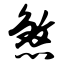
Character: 煞